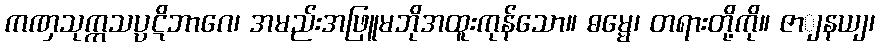
ကဏှသုက္ကသပ္ပဋိဘာဂေ၊ အမည်းအဖြူမဘိုအထူးကုန်သော။ ဓမ္မေ၊ တရားတို့ကို။ ဇာျနယျ၊